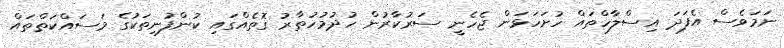
ނަމަވެސް އެފަދަ އިސްލާހްތައް ހުށަހަޅަން ޖެހެނީ ސަރުކާރުން ހުދުމުހުތާރު ގޮތެއްގައި ކުންފުނިތަކުގެ މަސައްކަތްތައް